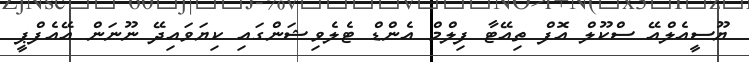
ޔޫސީއެލްއޭ ސްކޫލް އޮފް ތިއޭޓާ ފިލްމް އެންޑް ޓެލެވިޝަންގައި ކިޔަވައިދޭ ނޫނަން އޭއެފްޕީ